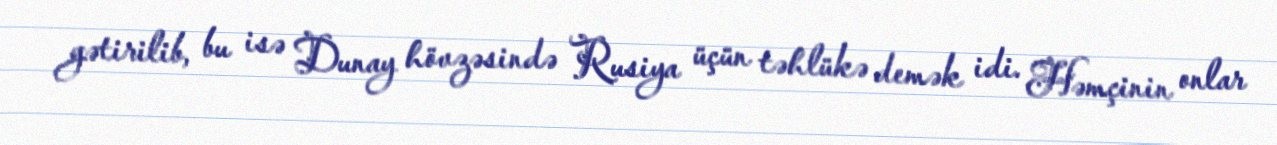
gətirilib, bu isə Dunay hövzəsində Rusiya üçün təhlükə demək idi. Həmçinin onlar